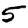
Digit: 5